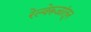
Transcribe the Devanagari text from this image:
रेल्वेरूळांतून